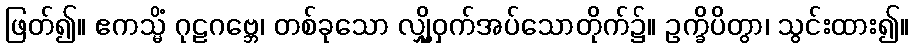
ဖြတ်၍။ ဧကသ္မိံ ဂုဠဂဗ္ဘေ၊ တစ်ခုသော လျှို့ဝှက်အပ်သောတိုက်၌။ ဥက္ခိပိတွာ၊ သွင်းထား၍။